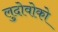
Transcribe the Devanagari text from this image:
लुदोवोको